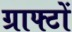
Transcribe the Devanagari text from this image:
ग्राफ्टों